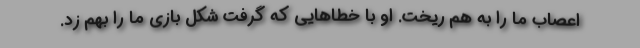
اعصاب ما را به هم ریخت. او با خطاهایی که گرفت شکل بازی ما را بهم زد.